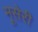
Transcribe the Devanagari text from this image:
मूसेरी